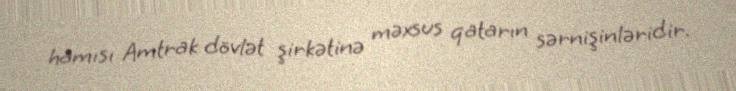
hamısı Amtrak dövlət şirkətinə məxsus qatarın sərnişinləridir.